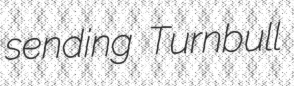
sending Turnbull